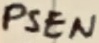
Text: PSEN